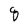
Character: q